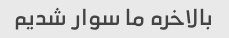
بالاخره ما سوار شدیم